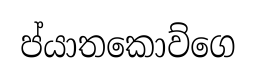
ප්යාතකොව්ගෙ